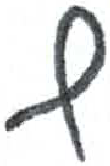
אות: ף